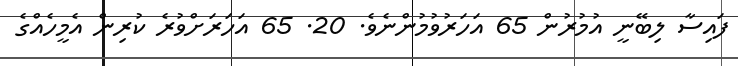
ފައިސާ ލިބޭނީ އުމުރުން 65 އަހަރުވުމުންނެވެ. 20. 65 އަހަރަށްވުރެ ކުރިން އެމީހެއްގެ